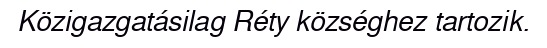
Közigazgatásilag Réty községhez tartozik.